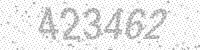
Solution: 423462